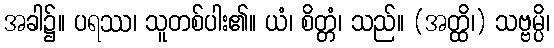
အခါ၌။ ပရဿ၊ သူတစ်ပါး၏။ ယံ၊ စိတ္တံ၊ သည်။ (အတ္ထိ၊) သဗ္ဗမ္ပိ၊